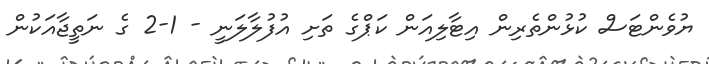
ޔުވެންޓަސް ކުޅުންތެރިން އިޓާލިއަން ކަޕްގެ ތަށި އުފުލާލަނީ - 1-2 ގެ ނަތީޖާއަކުން